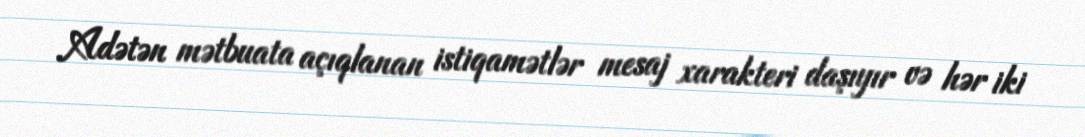
Adətən mətbuata açıqlanan istiqamətlər mesaj xarakteri daşıyır və hər iki